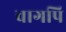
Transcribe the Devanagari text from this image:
वागपि